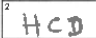
Transcription: HCD